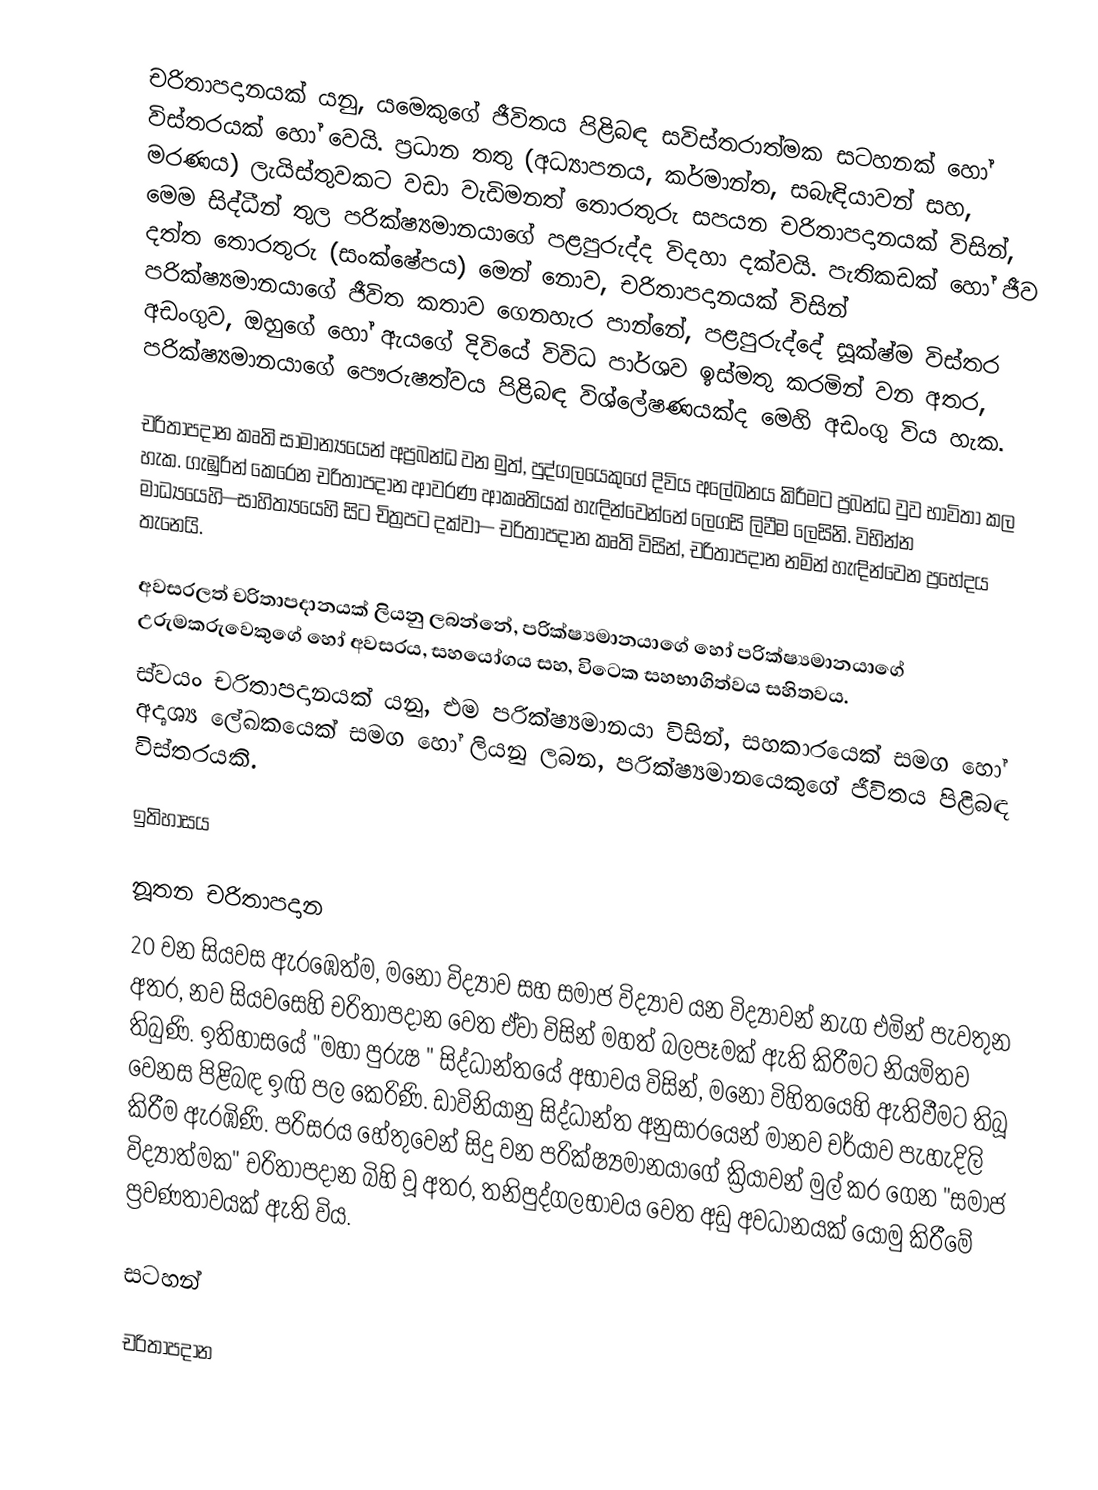
චරිතාපදානයක් යනු, යමෙකුගේ ජීවිතය පිළිබඳ සවිස්තරාත්මක සටහනක් හෝ විස්තරයක් හෝ වෙයි. ප්‍රධාන තතු (අධ්‍යාපනය, කර්මාන්ත, සබැඳියාවන් සහ, මරණය) ලැයිස්තුවකට වඩා වැඩිමනත් තොරතුරු සපයන චරිතාපදානයක් විසින්, මෙම සිද්ධීන් තුල පරික්ෂ්‍යමානයාගේ පළපුරුද්ද විදහා දක්වයි. පැතිකඩක් හෝ  ජීව දත්ත තොරතුරු (සංක්ෂේපය) මෙන් නොව, චරිතාපදානයක් විසින්  පරික්ෂ්‍යමානයාගේ ජීවිත කතාව ගෙනහැර පාන්නේ, පළපුරුද්දේ සූක්ෂ්ම විස්තර අඩංගුව, ඔහුගේ හෝ ඇයගේ දිවියේ විවිධ පාර්ශව ඉස්මතු කරමින් වන අතර, පරික්ෂ්‍යමානයාගේ පෞරුෂත්වය පිළිබඳ විශ්ලේෂණයක්ද මෙහි අඩංගු විය හැක.

චරිතාපදාන කෘති සාමාන්‍යයෙන් අප්‍රබන්ධ වන මුත්, පුද්ගලයෙකුගේ දිවිය අලේඛනය කිරීමට ප්‍රබන්ධ වුව භාවිතා කල හැක. ගැඹුරින් කෙරෙන චරිතාපදාන ආවරණ ආකෘතියක් හැඳින්වෙන්නේ ලෙගසි ලිවීම ලෙසිනි. විභින්න මාධ්‍යයෙහි—සාහිත්‍යයෙහි සිට චිත්‍රපට දක්වා— චරිතාපදාන කෘති විසින්, චරිතාපදාන නමින් හැඳින්වෙන ප්‍රභේදය තැනෙයි.

අවසරලත් චරිතාපදානයක් ලියනු ලබන්නේ,  පරික්ෂ්‍යමානයාගේ හෝ පරික්ෂ්‍යමානයාගේ උරුමකරුවෙකුගේ හෝ අවසරය, සහයෝගය සහ, විටෙක  සහභාගිත්වය සහිතවය.
ස්වයං චරිතාපදානයක් යනු,  එම පරික්ෂ්‍යමානයා විසින්, සහකාරයෙක් සමග හෝ අදෘශ්‍ය ලේඛකයෙක් සමග හෝ ලියනු ලබන,  පරික්ෂ්‍යමානයෙකුගේ ජීවිතය පිළිබඳ  විස්තරයකි.

ඉතිහාසය

නූතන චරිතාපදාන
20 වන සියවස ඇරඹෙත්ම, මනෝ විද්‍යාව සහ සමාජ විද්‍යාව යන විද්‍යාවන් නැග එමින් පැවතුන අතර, නව සියවසෙහි චරිතාපදාන වෙත ඒවා විසින් මහත් බලපෑමක් ඇති කිරීමට නියමිතව තිබුණි. ඉතිහාසයේ "මහා පුරුෂ " සිද්ධාන්තයේ අභාවය විසින්, මනෝ විහිතයෙහි ඇතිවීමට තිබූ වෙනස පිළිබඳ ඉඟි පල කෙරිණි. ඩාවිනියානු සිද්ධාන්ත අනුසාරයෙන් මානව චර්යාව පැහැදිලි කිරීම ඇරඹිණි. පරිසරය හේතුවෙන් සිදු වන පරික්ෂ්‍යමානයාගේ ක්‍රියාවන් මුල් කර ගෙන  "සමාජ විද්‍යාත්මක" චරිතාපදාන බිහි වූ අතර, තනිපුද්ගලභාවය වෙත අඩු අවධානයක් යොමු කිරීමේ ප්‍රවණතාවයක් ඇති විය.

සටහන්

චරිතාපදාන